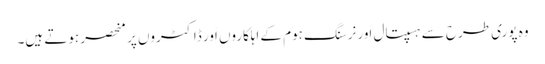
وہ پوری طرح سے ہسپتال اَور نرسنگ ہوم کے اہلکاروں اَور ڈاکٹروں پر منحصر ہوتے ہیں۔